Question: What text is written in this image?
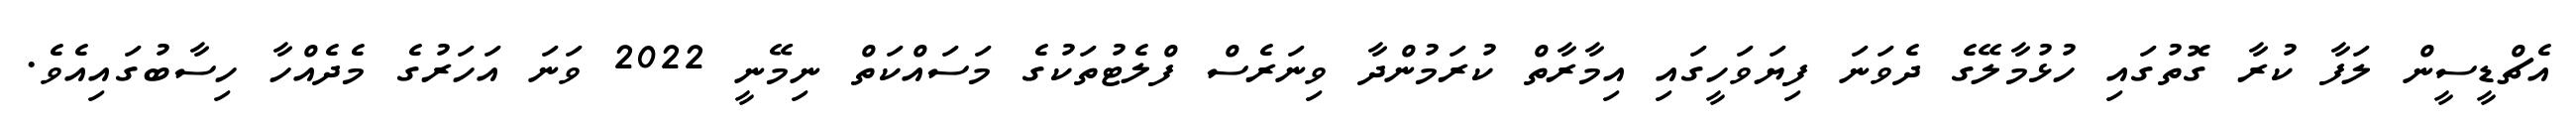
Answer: އެޗްޑީސީން ލަފާ ކުރާ ގޮތުގައި ހުޅުމާލޭގެ ދެވަނަ ފިޔަވަހީގައި އިމާރާތް ކުރަމުންދާ ވިނަރެސް ފްލެޓުތަކުގެ މަސައްކަތް ނިމޭނީ 2022 ވަނަ އަހަރުގެ މެދެއްހާ ހިސާބުގައިއެވެ.